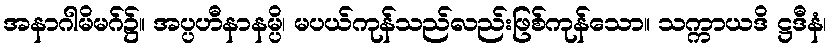
အနာဂါမိမဂ်၌။ အပ္ပဟီနာနမ္ပိ၊ မပယ်ကုန်သည်လည်းဖြစ်ကုန်သော။ သက္ကာယဒိ ဋ္ဌဒီနံ၊